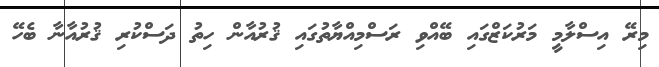
މިރޭ އިސްލާމީ މަރުކަޒްގައި ބޭއްވި ރަސްމިއްޔާތުގައި ޤުރުއާން ހިތު ދަސްކުރި ޤުރުއާނާ ބެހޭ